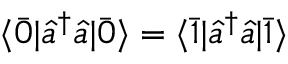
\langle \bar { 0 } | \hat { a } ^ { \dagger } \hat { a } | \bar { 0 } \rangle = \langle \bar { 1 } | \hat { a } ^ { \dagger } \hat { a } | \bar { 1 } \rangle